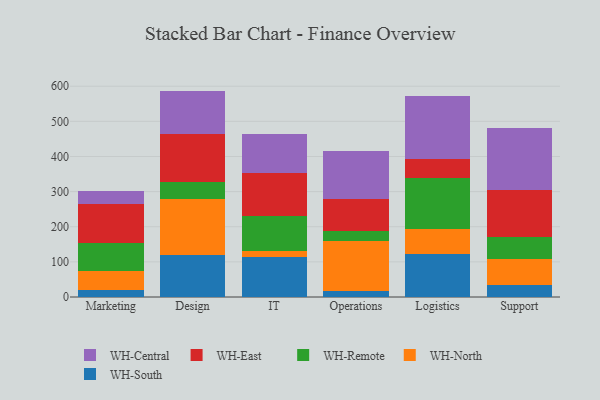
{"axis": {"x": "Department", "y": "Revenue (USD Million)"}, "legend": ["WH-Central", "WH-East", "WH-North", "WH-Remote", "WH-South"], "data": [{"x": "Marketing", "y": 19.1, "type": "WH-South"}, {"x": "Marketing", "y": 53.7, "type": "WH-North"}, {"x": "Marketing", "y": 79.7, "type": "WH-Remote"}, {"x": "Marketing", "y": 111.8, "type": "WH-East"}, {"x": "Marketing", "y": 37.9, "type": "WH-Central"}, {"x": "Design", "y": 120.7, "type": "WH-South"}, {"x": "Design", "y": 159.0, "type": "WH-North"}, {"x": "Design", "y": 48.7, "type": "WH-Remote"}, {"x": "Design", "y": 136.7, "type": "WH-East"}, {"x": "Design", "y": 121.7, "type": "WH-Central"}, {"x": "IT", "y": 114.9, "type": "WH-South"}, {"x": "IT", "y": 17.2, "type": "WH-North"}, {"x": "IT", "y": 99.0, "type": "WH-Remote"}, {"x": "IT", "y": 121.3, "type": "WH-East"}, {"x": "IT", "y": 110.9, "type": "WH-Central"}, {"x": "Operations", "y": 17.6, "type": "WH-South"}, {"x": "Operations", "y": 143.1, "type": "WH-North"}, {"x": "Operations", "y": 27.3, "type": "WH-Remote"}, {"x": "Operations", "y": 90.8, "type": "WH-East"}, {"x": "Operations", "y": 136.1, "type": "WH-Central"}, {"x": "Logistics", "y": 123.2, "type": "WH-South"}, {"x": "Logistics", "y": 70.7, "type": "WH-North"}, {"x": "Logistics", "y": 144.1, "type": "WH-Remote"}, {"x": "Logistics", "y": 55.7, "type": "WH-East"}, {"x": "Logistics", "y": 177.6, "type": "WH-Central"}, {"x": "Support", "y": 34.4, "type": "WH-South"}, {"x": "Support", "y": 73.1, "type": "WH-North"}, {"x": "Support", "y": 63.1, "type": "WH-Remote"}, {"x": "Support", "y": 132.7, "type": "WH-East"}, {"x": "Support", "y": 178.9, "type": "WH-Central"}]}